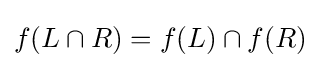
f(L\cap R)=f(L)\cap f(R)